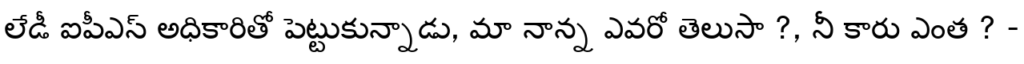
లేడీ ఐపీఎస్ అధికారితో పెట్టుకున్నాడు, మా నాన్న ఎవరో తెలుసా ?, నీ కారు ఎంత ? -